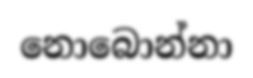
නොබොන්නා